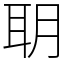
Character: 䎳